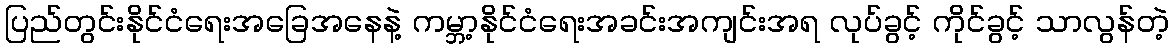
ပြည်တွင်းနိုင်ငံရေးအခြေအနေနဲ့ ကမ္ဘာ့နိုင်ငံရေးအခင်းအကျင်းအရ လုပ်ခွင့် ကိုင်ခွင့် သာလွန်တဲ့